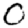
Digit: 0